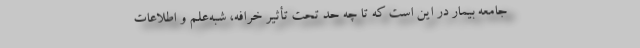
جامعه بیمار در این است که تا چه حد تحت تأثیر خرافه، شبه‌علم و اطلاعات